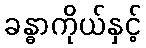
ခန္ဓာကိုယ်နှင့်